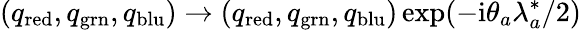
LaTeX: \left(q_{\mathrm{red}},q_{\mathrm{grn}},q_{\mathrm{blu}}\right)\rightarrow\left(q_{\mathrm{red}},q_{\mathrm{grn}},q_{\mathrm{blu}}\right)\exp(-\mathrm{i}\theta_{a}\lambda_{a}^{\ast}/2)